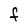
Character: F